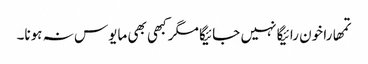
تمھارا خون رائیگا نہیں جائیگا مگر کبھی بھی مایوس نہ ہونا۔